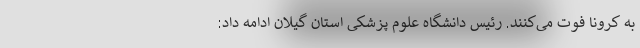
به کرونا فوت می‌کنند. رئیس دانشگاه علوم پزشکی استان گیلان ادامه داد: